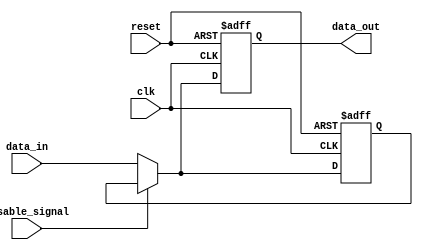
module DisableBlock (
    input wire clk,               // Clock signal
    input wire reset,             // Asynchronous reset signal
    input wire disable_signal,     // Control signal to disable the block
    input wire [WIDTH-1:0] data_in, // Input data
    output reg [WIDTH-1:0] data_out // Output data
);
    parameter WIDTH = 8; // Define the width of data

    // Internal register to hold the last valid output state
    reg [WIDTH-1:0] last_output;

    always @(posedge clk or posedge reset) begin
        if (reset) begin
            data_out <= 0;         // Reset output to zero
            last_output <= 0;      // Reset last output state
        end else if (disable_signal) begin
            // Maintain the last output state when disabled
            data_out <= last_output; 
        end else begin
            // Normal operation: update output and store last output state
            data_out <= data_in;    
            last_output <= data_in; // Store current input as last output
        end
    end
endmodule